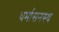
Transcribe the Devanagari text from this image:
धर्मासनस्थ